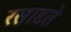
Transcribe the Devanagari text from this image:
रसादृते